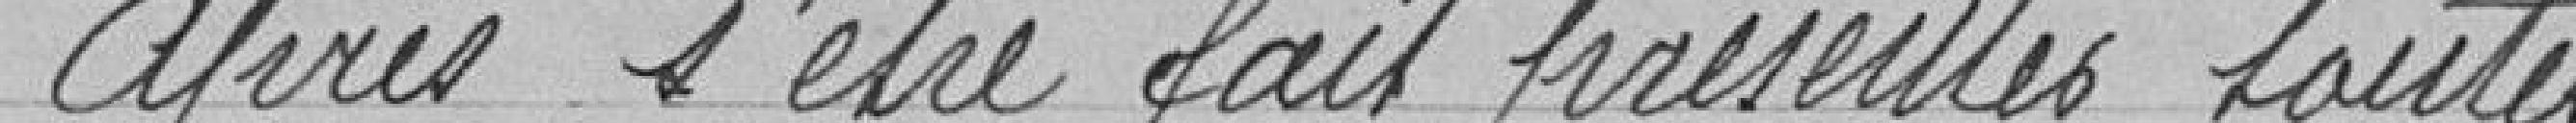
Après s'être fait présenter toutes les demandes admises ou non par la Commission